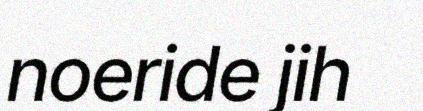
noeride jih